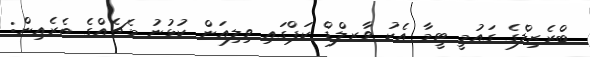
ބްރެޒިލްގެ ގައުމީ ޓީމާ އެކު ވާރލްޑް ކަޕްގައި ވިލިއަން ކުޅުނު މެޗެއްގެ ތެރެއިން: